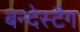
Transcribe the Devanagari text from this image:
बन्देस्टैग